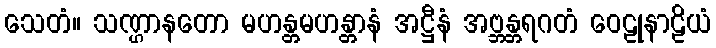
သေတံ။ သဏ္ဌာနတော မဟန္တမဟန္တာနံ အဋ္ဌီနံ အဗ္ဘန္တရဂတံ ဝေဠုနာဠိယံ